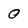
Character: 0